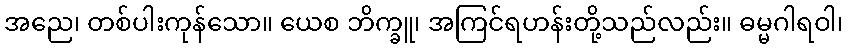
အညေ၊ တစ်ပါးကုန်သော။ ယေစ ဘိက္ခူ၊ အကြင်ရဟန်းတို့သည်လည်း။ ဓမ္မဂါရဝါ၊